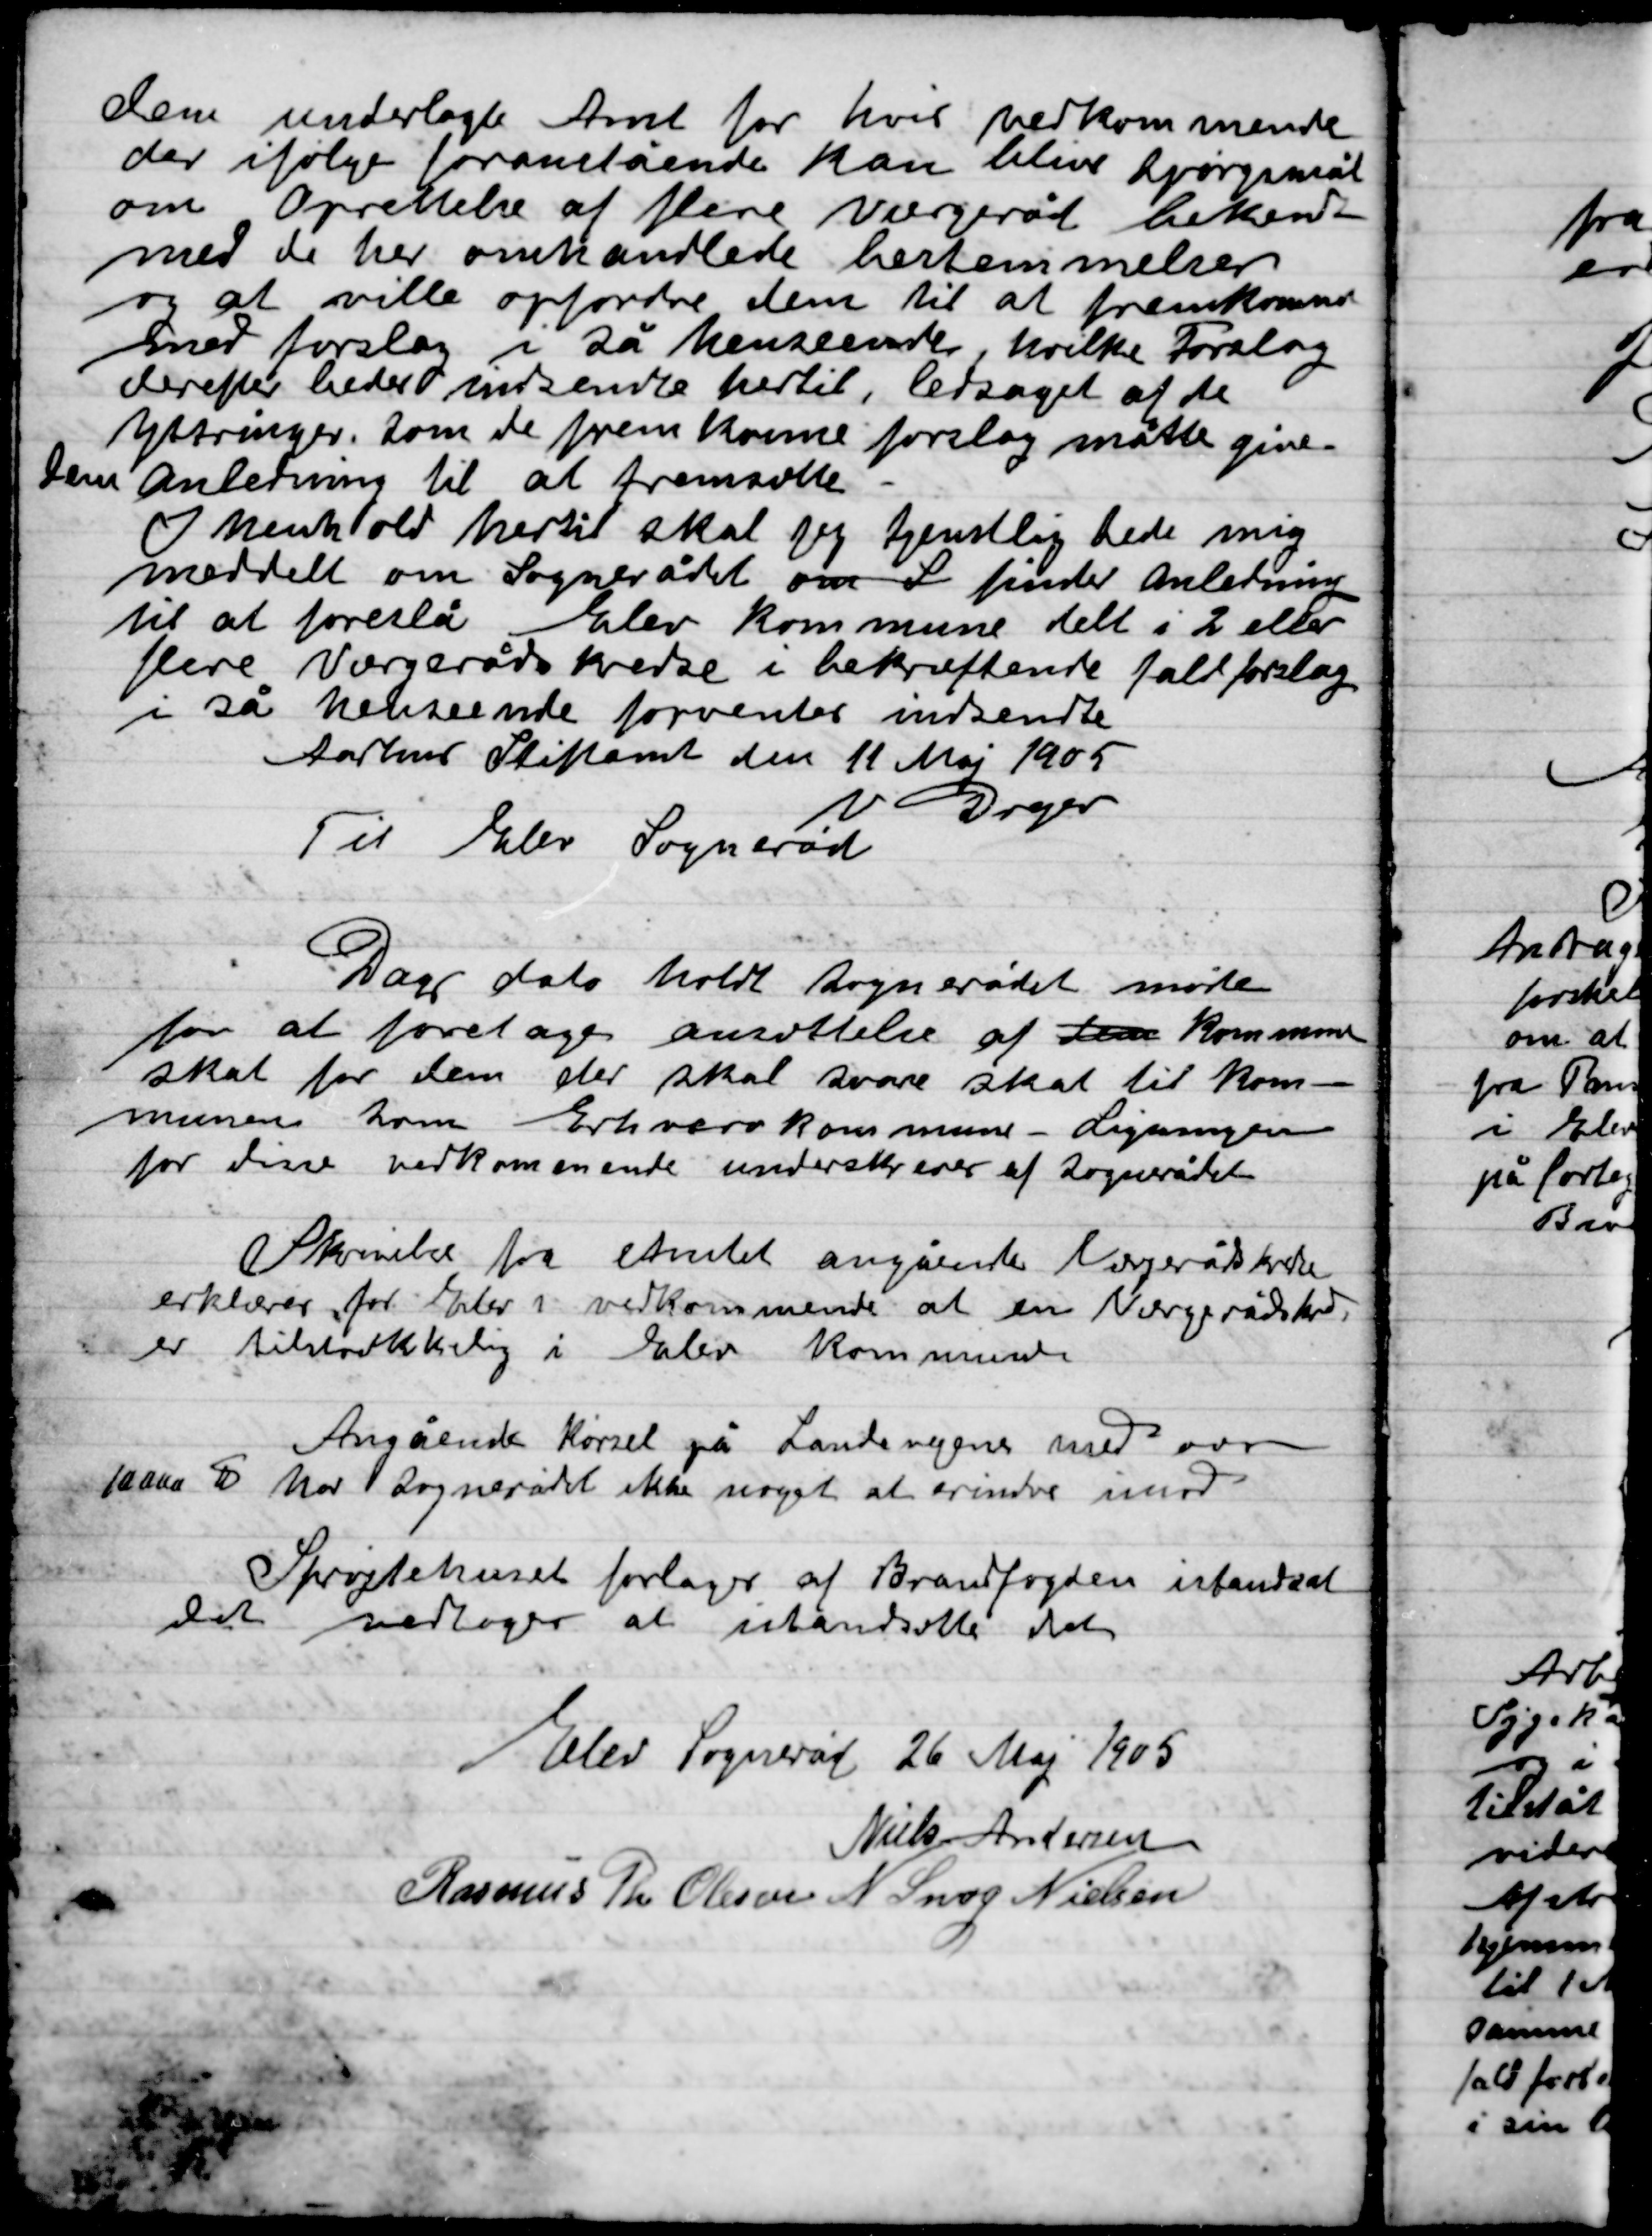
Transskription:
Den underlagt Amt for hvis vedkommende
der ifølge foranstående kan blive spørgsmål
om oprettelse af flere værgeråd bekendt
med de her omhandlende bestemmelser
og at ville opfordre dem til at fremkomme
med forslag i så henseende hvilket Forslag
derefter bedes indsendt hertil, ledsaget af de
ytringer som de fremkomne forslag måtte give
Dem anledning til at  fremsætte. –
I henhold hertil skal jeg tjenstlig lede mig
meddelt om Sognerådets om S finder anledning
til at foreslå Elev Kommune delt i 2 eller
flere Værgerådskredse i bekræftende fald forslag
i så henseende forventes indsendte
Århus Stiftsamt den 11 Maj 1905
V. Dryer
Til Elev Sogneråd

Dags dato holdt Sognerådet møde
for at foretage ansættelse af en Kommune
Skal for den der skal svare skat til Kom-
munen som Erhvervskommune – Ligninger
for disse indkommende underrettelser af Sognerådet

Skrivelse fra Amtet angående Vejrådskredse
erklæredes for Elev i vedkommende at en Værgerådskreds
Er tilstrækkelig i Elev Kommune

Angående kørsel på Landevejens med over
10000# har Sognerådet ikke noget at erindre imod

Sprøjtehuset forlanger af Brandfogeden istandsat      ,
Det vedtoges at istandsætte det

Elev Sogneråd 26 Maj 1905

Niels Andersen
Rasmus Th. Olsen
N. Snog Nielsen